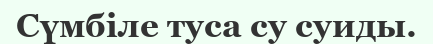
Сүмбіле туса су суиды.